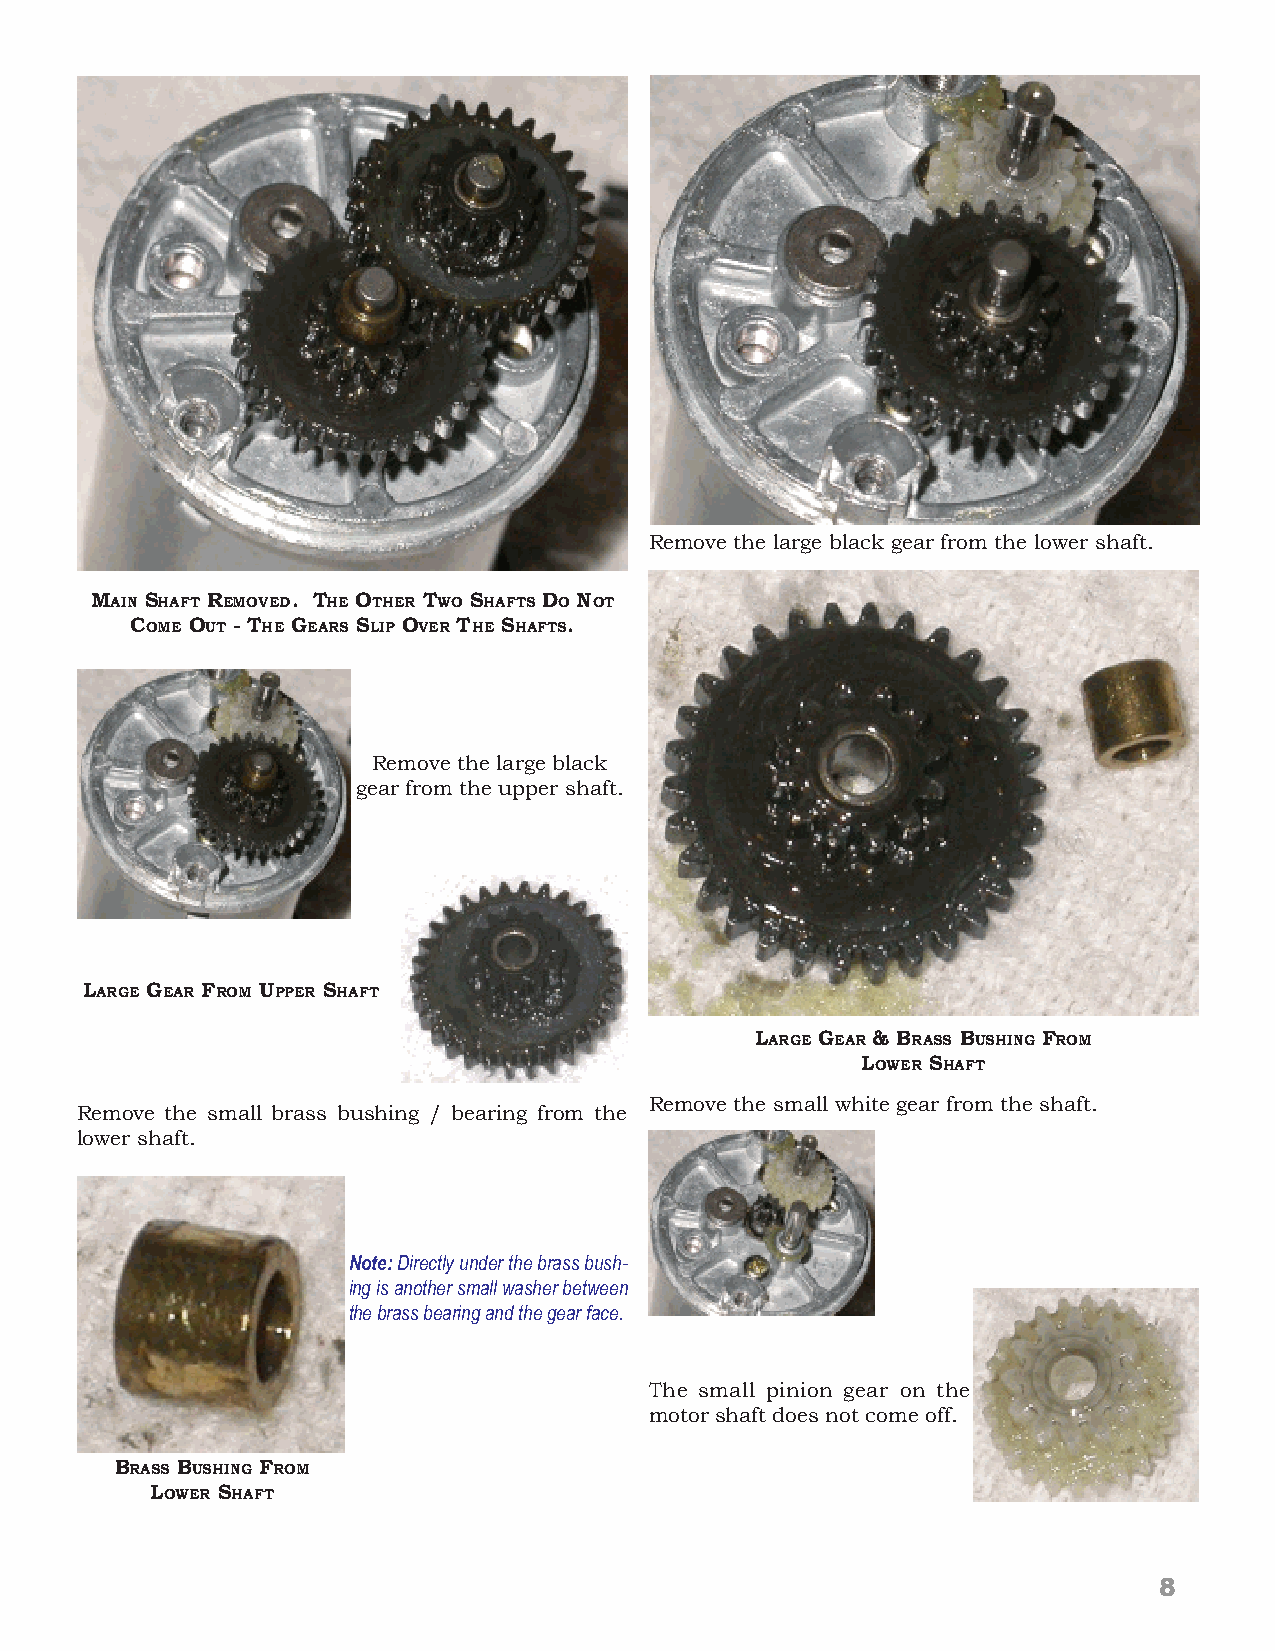
Remove the large black gear from the lower shaft.
 MAIN SHAFT REMOVED. THE OTHER TWO SHAFTS DO NOT
 COME OUT - THE GEARS SLIP OVER THE SHAFTS.
 Remove the large black
 gear from the upper shaft.
 LARGE GEAR FROM UPPER SHAFT
 LARGE GEAR & BRASS BUSHING FROM
 LOWER SHAFT
 Remove the small white gear from the shaft.
 Remove the small brass bushing / bearing from the
 lower shaft.
 Note: Directly under the brass bush-
 ing is another small washer between
 the brass bearing and the gear face.
 The small pinion gear on the
 motor shaft does not come off.
 BRASS BUSHING FROM
 LOWER SHAFT
 8